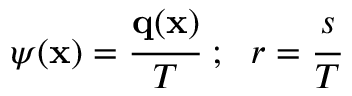
{ \boldsymbol { \psi } } ( \mathbf { x } ) = { \cfrac { \mathbf { q } ( \mathbf { x } ) } { T } } ~ ; ~ ~ r = { \cfrac { s } { T } }